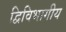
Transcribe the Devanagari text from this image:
द्विविभागीय